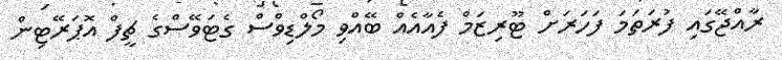
ރާއްޖޭގައި ފުރަތަމަ ފަހަރަށް ޓޫރިޒަމް ފެއާއެއް ބޭއްވި މޯލްޑިވްސް ގެޓަވޭސްގެ ޗީފް އޮޕަރޭޓިން